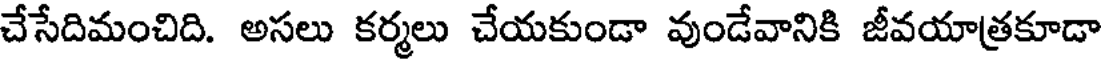
చేసేదిమంచిది. అసలు కర్మలు చేయకుండా వుండేవానికి జీవయాత్రకూడా